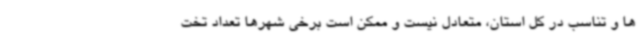
ها و تناسب در کل استان، متعادل نیست و ممکن است برخی شهرها تعداد تخت